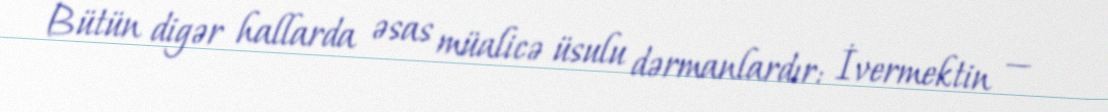
Bütün digər hallarda əsas müalicə üsulu dərmanlardır: İvermektin —